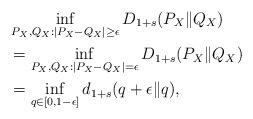
LaTeX: \begin{align*} & \inf_{P_{X},Q_{X}:\left|P_{X}-Q_{X}\right|\geq\epsilon}D_{1+s}(P_{X}\|Q_{X}) \\ & =\inf_{P_{X},Q_{X}:\left|P_{X}-Q_{X}\right|=\epsilon}D_{1+s}(P_{X}\|Q_{X})\\ & =\inf_{q\in[0,1-\epsilon]}d_{1+s}(q+\epsilon\|q),\end{align*}